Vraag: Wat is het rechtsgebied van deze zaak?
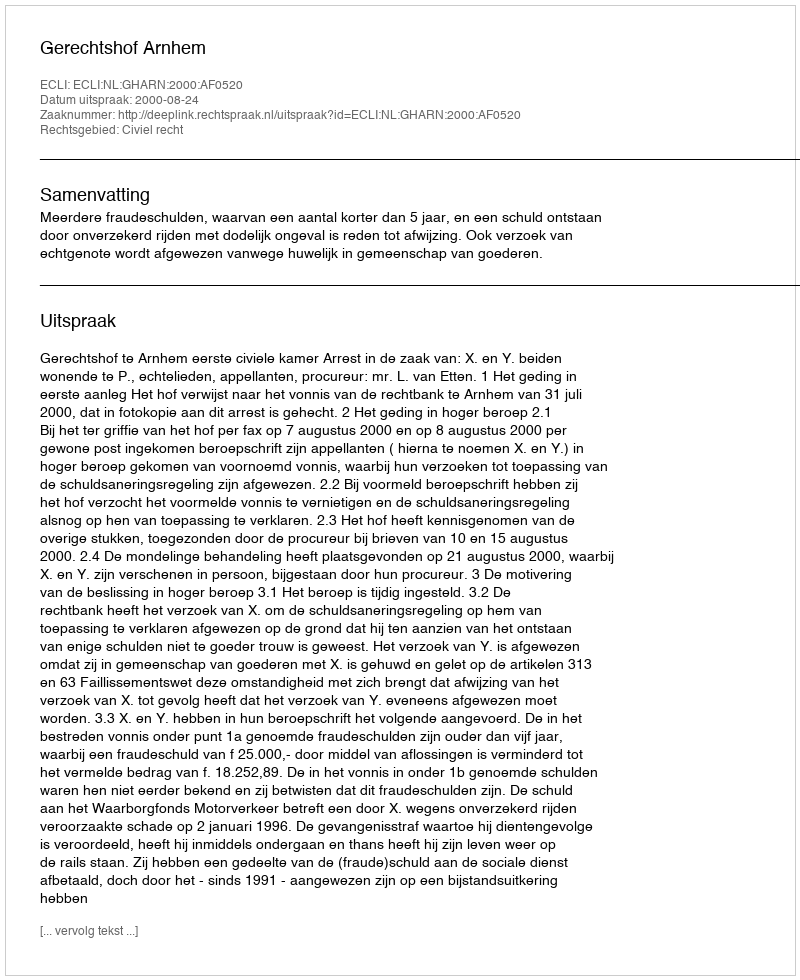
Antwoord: Civiel recht